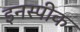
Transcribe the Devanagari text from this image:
इनस्पीक